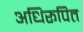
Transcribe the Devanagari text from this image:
अधिरूपित